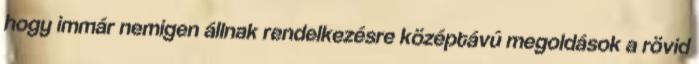
hogy immár nemigen állnak rendelkezésre középtávú megoldások a rövid